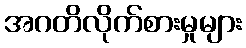
အဂတိလိုက်စားမှုများ